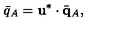
\bar { q } _ { A } = { \bf u } ^ { * } \cdot \bar { { \bf q } } _ { A } ,